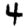
Digit: 4